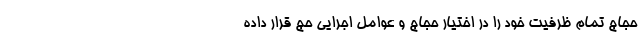
حجاج تمام ظرفیت خود را در اختیار حجاج و عوامل اجرایی حج قرار داده